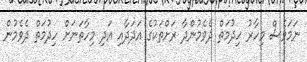
ނަމަވެސް މިހާރު ހިދުމަތް ދެވެމުންދާ ރަށްތަކުގެ އަދަދާއި އަދި މިހާތަނަށް ހިދުމަތް ދެވެމުން